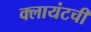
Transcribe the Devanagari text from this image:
क्लायंटची